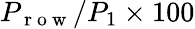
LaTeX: P_{\mathrm{~r~o~w~}}/P_{1}\times 100